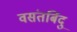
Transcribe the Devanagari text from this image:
वसंतबिंदु